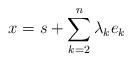
LaTeX: \begin{align*}x = s + \sum_{k=2}^{n} \lambda_k e_k \\\end{align*}